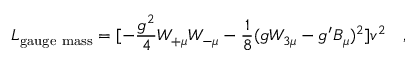
{ \cal L } _ { \mathrm { g a u g e ~ m a s s } } = [ - { \frac { g ^ { 2 } } { 4 } } W _ { + \mu } W _ { - \mu } - { \frac { 1 } { 8 } } ( g W _ { 3 \mu } - g ^ { \prime } B _ { \mu } ) ^ { 2 } ] v ^ { 2 } ~ ~ ~ ,